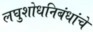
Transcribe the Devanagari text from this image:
लघुशोधनिबंधांचे